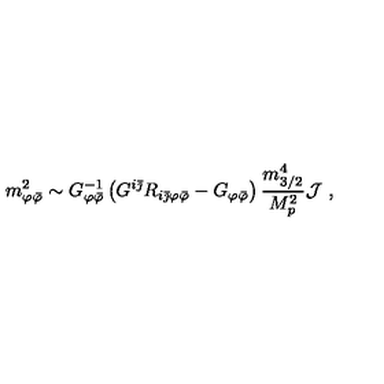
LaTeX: m _ { \varphi { \bar { \varphi } } } ^ { 2 } \sim G _ { \varphi { \bar { \varphi } } } ^ { - 1 } \left( G ^ { i { \bar { \jmath } } } R _ { i { \bar { \jmath } } \varphi { \bar { \varphi } } } - G _ { \varphi { \bar { \varphi } } } \right) { \frac { m _ { 3 / 2 } ^ { 4 } } { M _ { p } ^ { 2 } } } { \cal J } \ ,